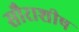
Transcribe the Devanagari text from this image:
सौराशीष